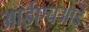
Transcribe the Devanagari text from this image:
आईएचआई